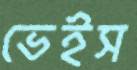
ভেইস